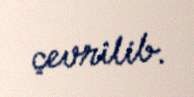
çevrilib.